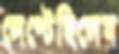
লেপ্‌টেছিলেম